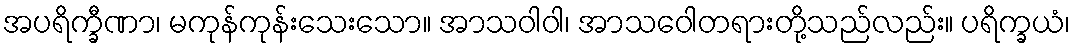
အပရိက္ခီဏာ၊ မကုန်ကုန်းသေးသော။ အာသဝါဝါ၊ အာသဝေါတရားတို့သည်လည်း။ ပရိက္ခယံ၊